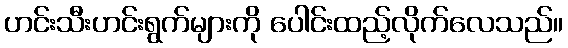
ဟင်းသီးဟင်းရွက်များကို ပေါင်းထည့်လိုက်လေသည်။